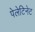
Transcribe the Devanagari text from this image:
पेलेटिनेट